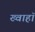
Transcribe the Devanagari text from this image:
ख्वाहाॅ